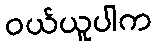
ဝယ်ယူပါက